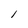
Character: l